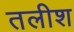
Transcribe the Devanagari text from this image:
तलीश